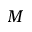
M